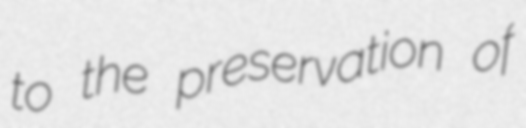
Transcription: to the preservation of